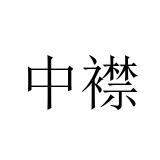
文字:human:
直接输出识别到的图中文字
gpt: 中襟